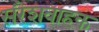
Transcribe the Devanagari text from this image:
संरेशवाहक